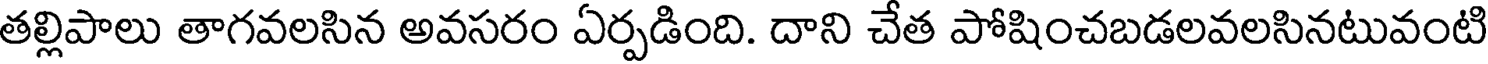
తల్లిపాలు తాగవలసిన అవసరం ఏర్పడింది. దాని చేత పోషించబడలవలసినటువంటి